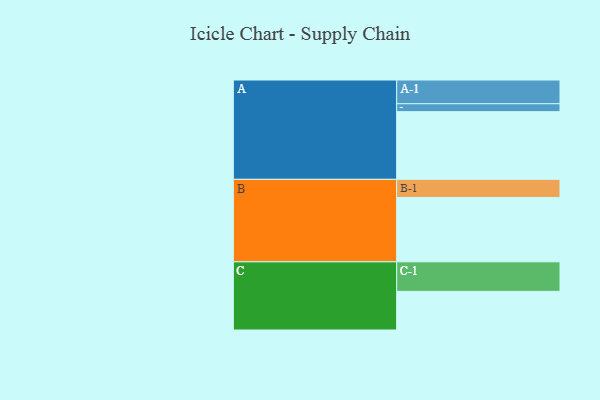
{"axis": {"x": "Segment", "y": "Value"}, "legend": ["", "A", "B", "C"], "data": [{"x": "A", "y": 530, "type": ""}, {"x": "B", "y": 504, "type": ""}, {"x": "C", "y": 303, "type": ""}, {"x": "A-1", "y": 186, "type": "A"}, {"x": "A-2", "y": 62, "type": "A"}, {"x": "B-1", "y": 142, "type": "B"}, {"x": "C-1", "y": 231, "type": "C"}]}